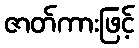
ဇာတ်ကားဖြင့်